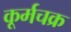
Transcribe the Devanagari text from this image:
कूर्मचक्र